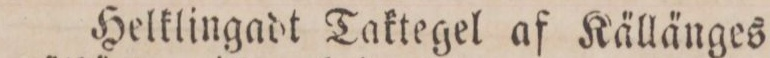
Helklingadt Taktegel af Källänges